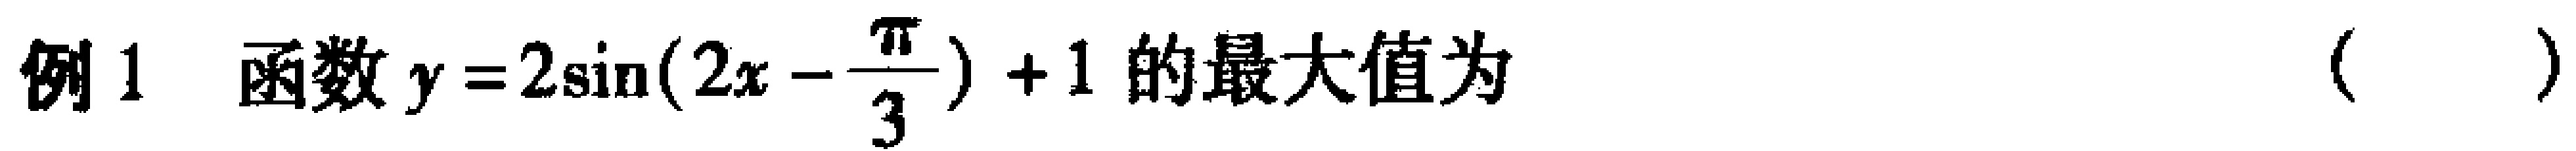
例1 函数\(y = 2\sin(2x - \frac{\pi}{3}) + 1\)的最大值为（  ）